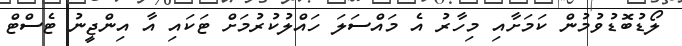
ލޯޑުބޮޑުވުމުން ކަމަށާއި މިހާރު އެ މައްސަލަ ހައްލުކުރުމަށް ޓަކައި އާ އިންޖީނު ޓެސްޓް